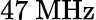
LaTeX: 47~\mathrm{MHz}